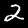
Label: 2